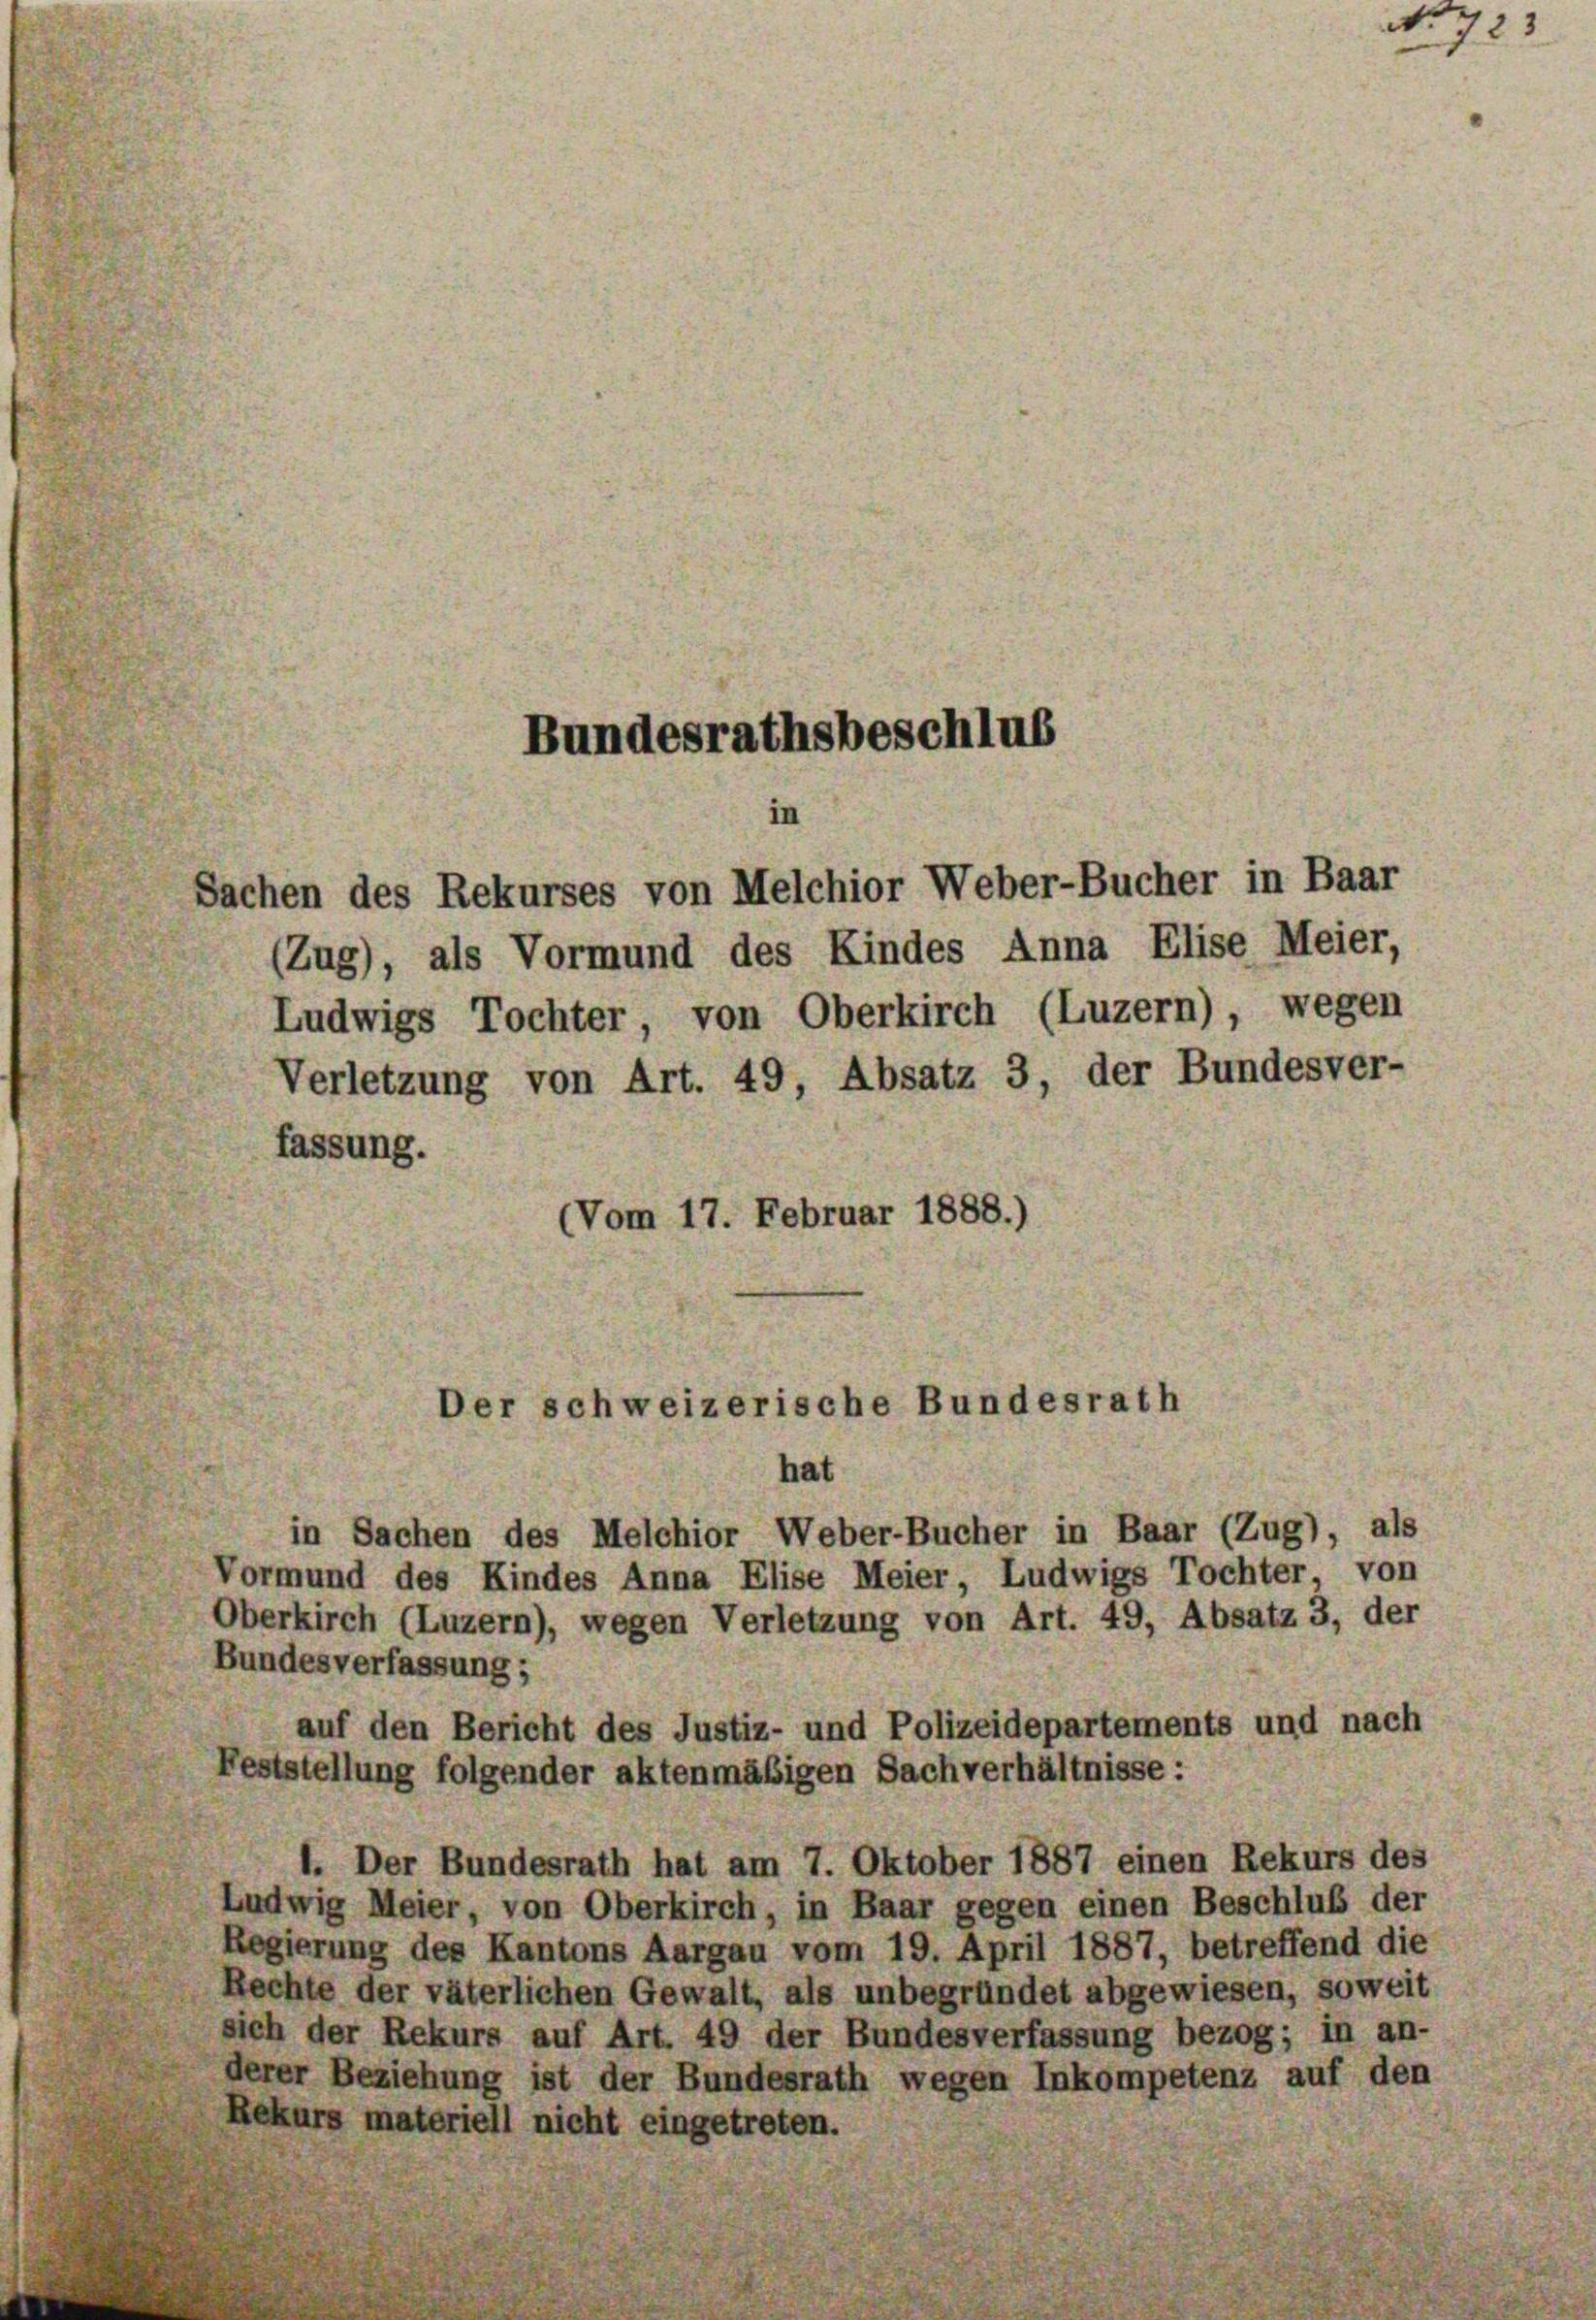
Sachen des Rekurses von Melchior Weber-Bucher in Baar
(Zug), als Vormund des Kindes Anna Elise Meier,
Ludwigs Tochter, von Oberkirch (Luzern), wegen
Verletzung von Art. 49, Absatz 3, der Bundesver-
(Vom 17. Februar 1888.)
Der schweizerische Bundesrath

fassung.

Bundesrathsbeschlus

n

hat
in Sachen des Melchior Weber-Bucher in Baar (Zug), als
Vormund des Kindes Anna Elise Meier, Ludwigs Tochter von
Oberkirch (Luzern), wegen Verletzung von Art. 49, Absatz 3, der
Bundesverfassung;
auf den Bericht des Justiz- und Polizeidepartements und nach
Feststellung folgender aktenmäßigen Sachverhältnisse:
1. Der Bundesrath hat am 7. Oktober 1887 einen Rekurs des
Ludwig Meier, von Oberkirch, in Baar gegen einen Beschluß der
Regierung des Kantons Aargau vom 19. April 1887, betreffend die
Rechte der väterlichen Gewalt, als unbegründet abgewiesen, soweit
sich der Rekurs auf Art. 49 der Bundesverfassung bezog; in an-
derer Beziehung ist der Bundesrath wegen Inkompetenz auf den
Rekurs materiell nicht eingetreten.

No 723